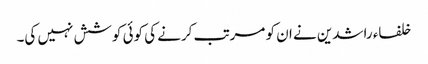
خلفاء راشدین نے ان کو مرتب کرنے کی کوئی کوشش نہیں کی۔